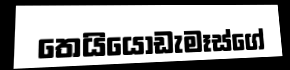
තෙයියොඩැමෑස්ගේ